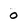
Character: 0